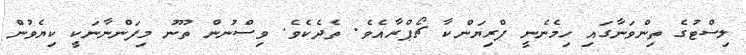
ލިސްޓުގެ ތިންވަނާގައި ހިމެނެނީ ޕްރިޔަންކާ ޗޯޕްރާއެވެ. ތެދެކެވެ. ވިސްނުން ތޫނު މިފަންނާނަކީ ކިޔެވުން